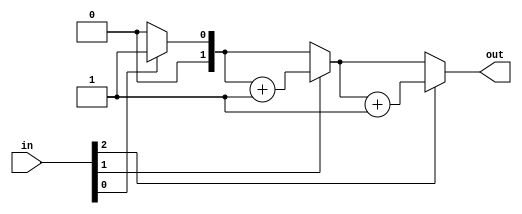
module top_module( 
    input [2:0] in,
    output [1:0] out );
    reg [1:0]num;
    integer i;
    always @(*) begin
        num = 0;
        for(i=0;i<3;i=i+1) begin
            if(in[i] == 1) begin
                num = num + 2'b1;          
            end
        end       
    end
    assign out = num;
endmodule